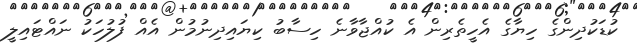
ކުޑަކުދިންގެ ހިޔާގެ އެހީތެރިން އެ ކުއްޖާވާނެ ހިސާބު ކިޔައިދިނުމުން އެއް ފުލުހަކު ނައްޓައިލީ